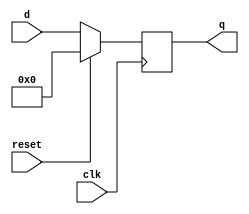
//////////////////////////////////////////////////////////////////////////////////
// Company: 
// Engineer: 
// 
// Design Name: 
// Module Name: FlipFlop
// Project Name: 
// Target Devices: 
// Tool Versions: 
// Description: 
// 
// Dependencies: 
// 
// Revision:
// Revision 0.01 - File Created
// Additional Comments:
// 
//////////////////////////////////////////////////////////////////////////////////
`timescale 1ns / 1ps

// Module Definition
module FlipFlop(clk, reset, d, q);

    // Define input and output signals
    input clk;
    input reset;
    
    input       [7:0] d;
    output reg  [7:0] q;
    
    // Define the D FlipFlop modules' behavior
    
    always @ (posedge clk)
        begin
        
        q <= reset ? 8'b0 : d;
        
        end

endmodule // FlipFlop